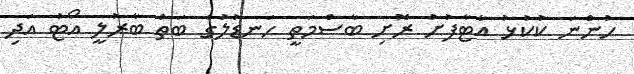
ހުންނަ ކުކުޅު އާޓާފުށު ރޮށި ބާސްމަތީ ހަނޑުލުގެ ބަތް ބާރުލީ އޯޓު އަދި